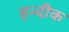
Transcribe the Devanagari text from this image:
हन्दीक